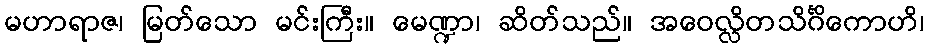
မဟာရာဇ၊ မြတ်သော မင်းကြီး။ မေဏ္ဍာ၊ ဆိတ်သည်။ အဝေလ္လိတသိင်္ဂိကောဟိ၊